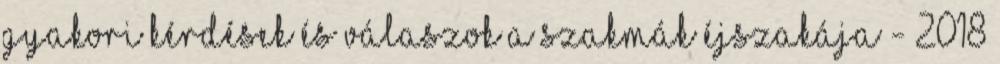
Gyakori kérdések és válaszok A Szakmák Éjszakája - 2018